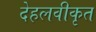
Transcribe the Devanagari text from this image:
देहलवीकृत